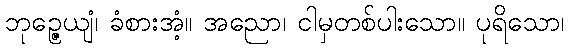
ဘုဉ္ဇေယျံ၊ ခံစားအံ့။ အညော၊ ငါမှတစ်ပါးသော။ ပုရိသော၊